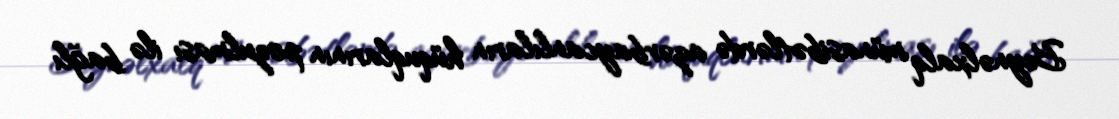
Beynəlxalq münasibətlərdə azərbaycanlıların hüquqlarının pozulması ilə bağlı